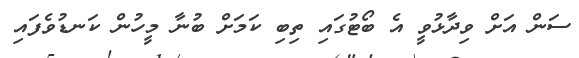
ސަން އަށް ވިދާޅުވީ އެ ބޯޓުގައި ތިބި ކަމަށް ބުނާ މީހުން ކަނޑުވެފައި